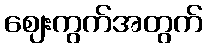
ဈေးကွက်အတွက်